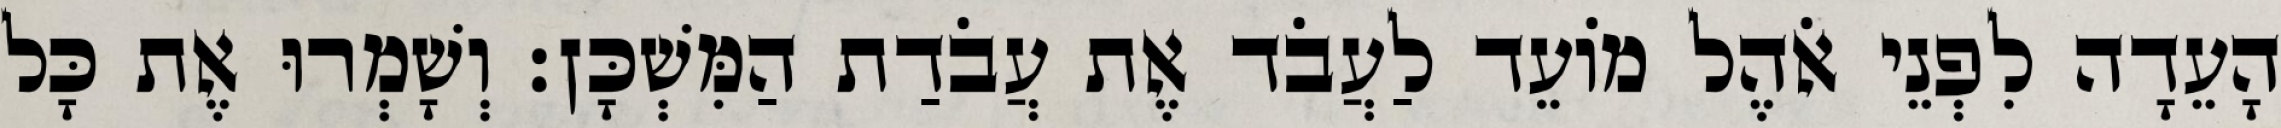
הָעֵדָה לִפְנֵי אֹהֶל מוֹעֵד לַעֲבֹד אֶת עֲבֹדַת הַמִּשְׁכָּן׃ וְשָׁמְרוּ אֶת כָּל